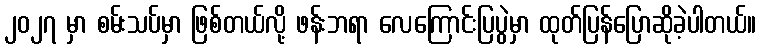
၂၀၂၇ မှာ စမ်းသပ်မှာ ဖြစ်တယ်လို့ ဖန်းဘရာ လေကြောင်းပြပွဲမှာ ထုတ်ပြန်ပြောဆိုခဲ့ပါတယ်။